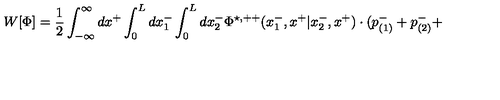
W [ { \Phi } ] = \frac { 1 } { 2 } \int _ { - \infty } ^ { \infty } d x ^ { + } \int _ { 0 } ^ { L } d x _ { 1 } ^ { - } \int _ { 0 } ^ { L } d x _ { 2 } ^ { - } { \Phi } ^ { \star , + + } ( x _ { 1 } ^ { - } , x ^ { + } | x _ { 2 } ^ { - } , x ^ { + } ) \cdot ( p _ { ( 1 ) } ^ { - } + p _ { ( 2 ) } ^ { - } +